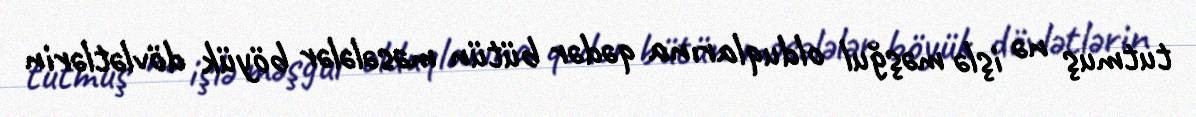
tutmuş nə işlə məşğul olduqlarına qədər bütün məsələlər böyük dövlətlərin